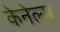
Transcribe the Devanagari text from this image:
केनेल्स